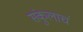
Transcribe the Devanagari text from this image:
संकुलाचं